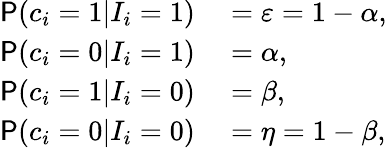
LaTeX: \begin{array}{rl}{\mathsf{P}(c_{i}=1|I_{i}=1)}&{{}=\varepsilon=1-\alpha,}\\ {\mathsf{P}(c_{i}=0|I_{i}=1)}&{{}=\alpha,}\\ {\mathsf{P}(c_{i}=1|I_{i}=0)}&{{}=\beta,}\\ {\mathsf{P}(c_{i}=0|I_{i}=0)}&{{}=\eta=1-\beta,}\end{array}